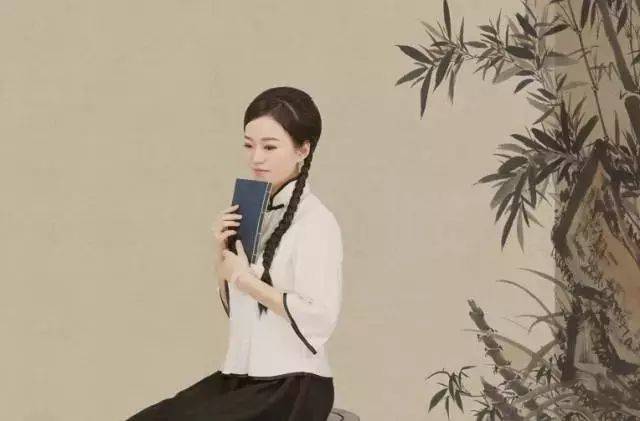
一春梦雨常飘瓦，尽日灵风不满旗。